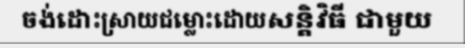
ចង់ដោះស្រាយជម្លោះដោយសន្តិវិធី ជាមួយ